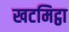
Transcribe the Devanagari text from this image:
खटमिट्ठा